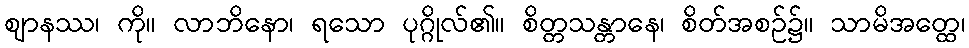
ဈာနဿ၊ ကို။ လာဘိနော၊ ရသော ပုဂ္ဂိုလ်၏။ စိတ္တသန္တာနေ၊ စိတ်အစဉ်၌။ သာမိအတ္ထေ၊